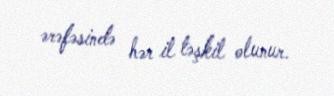
ərəfəsində hər il təşkil olunur.